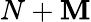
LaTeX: N+\mathbf{M}